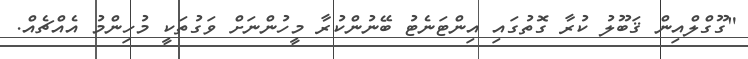
"ގޫގްލްއިން ޤަބޫލު ކުރާ ގޮތުގައި އިންޓަނެޓު ބޭނުންކުރާ މީހުންނަށް ވަގުތަކީ މުހިންމު އެއްޗެއް.